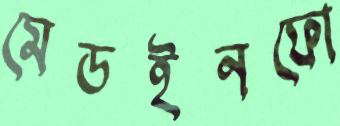
মেডইনফো